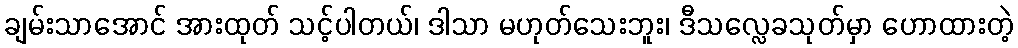
ချမ်းသာအောင် အားထုတ် သင့်ပါတယ်၊ ဒါသာ မဟုတ်သေးဘူး၊ ဒီသလ္လေခသုတ်မှာ ဟောထားတဲ့